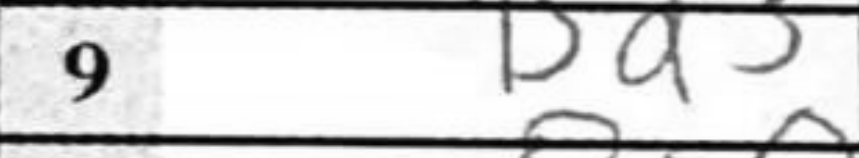
Transcription: Bd3